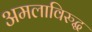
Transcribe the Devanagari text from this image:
अमलाविरुद्ध